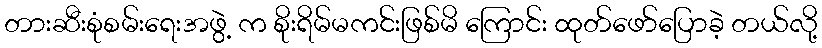
တားဆီးစုံစမ်းရေးအဖွဲ့ က စိုးရိမ်မကင်းဖြစ်မိ ကြောင်း ထုတ်ဖော်ပြောခဲ့ တယ်လို့